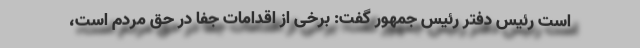
است رئیس دفتر رئیس جمهور گفت: برخی از اقدامات جفا در حق مردم است،